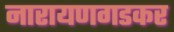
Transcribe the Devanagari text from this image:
नारायणगडकर